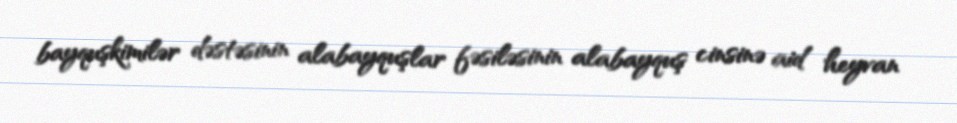
bayquşkimilər dəstəsinin alabayquşlar fəsiləsinin alabayquş cinsinə aid heyvan